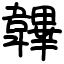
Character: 韠